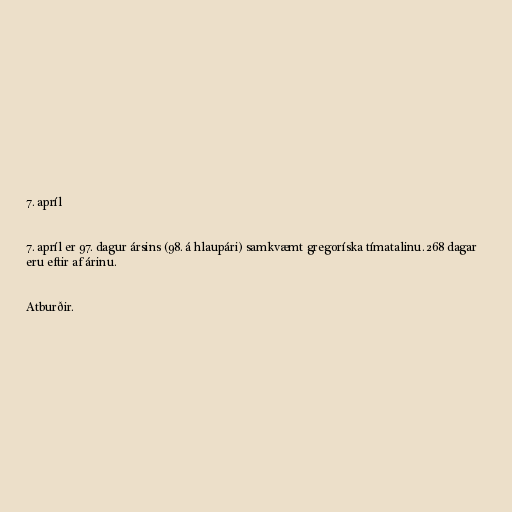
7. apríl

7. apríl er 97. dagur ársins (98. á hlaupári) samkvæmt gregoríska tímatalinu. 268 dagar
eru eftir af árinu.

Atburðir.